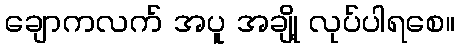
ချောကလက် အပူ အချို့ လုပ်ပါရစေ။